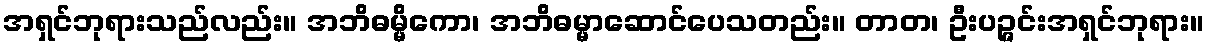
အရှင်ဘုရားသည်လည်း။ အဘိဓမ္မိကော၊ အဘိဓမ္မာဆောင်ပေသတည်း။ တာတ၊ ဦးပဉ္ဇင်းအရှင်ဘုရား။